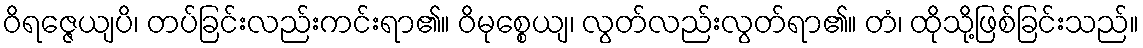
ဝိရဇ္ဇေယျပိ၊ တပ်ခြင်းလည်းကင်းရာ၏။ ဝိမုစ္စေယျ၊ လွတ်လည်းလွတ်ရာ၏။ တံ၊ ထိုသို့ဖြစ်ခြင်းသည်။